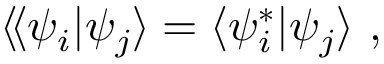
\langle \! \langle \psi _ { i } | \psi _ { j } \rangle = \langle \psi _ { i } ^ { * } | \psi _ { j } \rangle \ ,